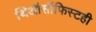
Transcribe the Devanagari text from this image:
थिऑसॉफिस्टही